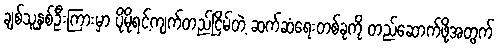
ချစ်သူနှစ်ဦးကြားမှာ ပိုမိုရင့်ကျက်တည်ငြိမ်တဲ့ ဆက်ဆံရေးတစ်ခုကို တည်ဆောက်ဖို့အတွက်